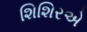
શિશિરએ